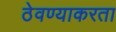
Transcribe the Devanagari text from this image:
ठेवण्याकरता